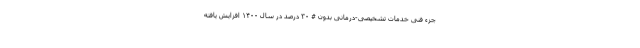
جزء فنی خدمات تشخیصی-درمانی بدون # ۳۰ درصد در سال ۱۴۰۰ افزایش یافته